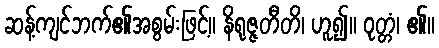
ဆန့်ကျင်ဘက်၏အစွမ်းဖြင့်။ နိရုဇ္ဇတီတိ၊ ဟူ၍။ ဝုတ္တံ၊ ၏။